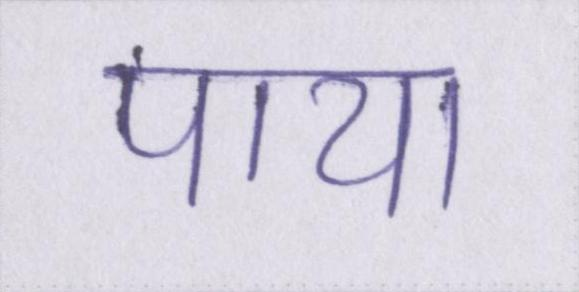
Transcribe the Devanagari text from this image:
पाया